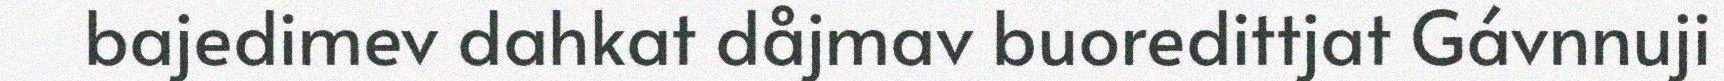
bajedimev dahkat dåjmav buoredittjat Gávnnuji